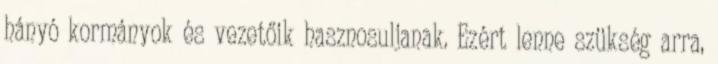
hányó kormányok és vezetőik hasznosuljanak. Ezért lenne szükség arra,